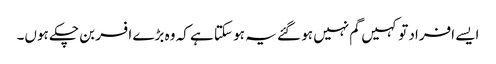
ایسے افراد تو کہیں گم نہیں ہو گئے یہ ہو سکتا ہے کہ وہ بڑے افسر بن چکے ہوں۔